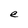
Character: e